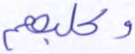
وكلبهم